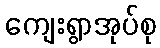
ကျေးရွာအုပ်စု